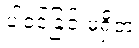
ပါဝင်ခြင်းမရှိဘဲ